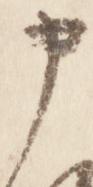
申